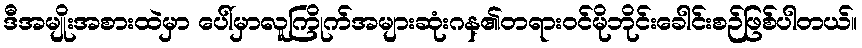
ဒီအမျိုးအစားထဲမှာ ပေါ်မှာလူကြိုက်အများဆုံးဂန္၏တရားဝင်မိုဘိုင်းခေါင်းစဉ်ဖြစ်ပါတယ်။